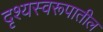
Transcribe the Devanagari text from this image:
दृश्यस्वरूपातील